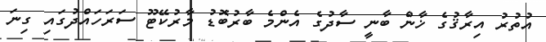
އުތުރު އިރާޤުގެ ޚާން ބާނީ ސާދުގެ އެންމެ ބާރުބޮޑު މާރުކޭޓޫ ސަރަހައްދުގައި ގިނަ